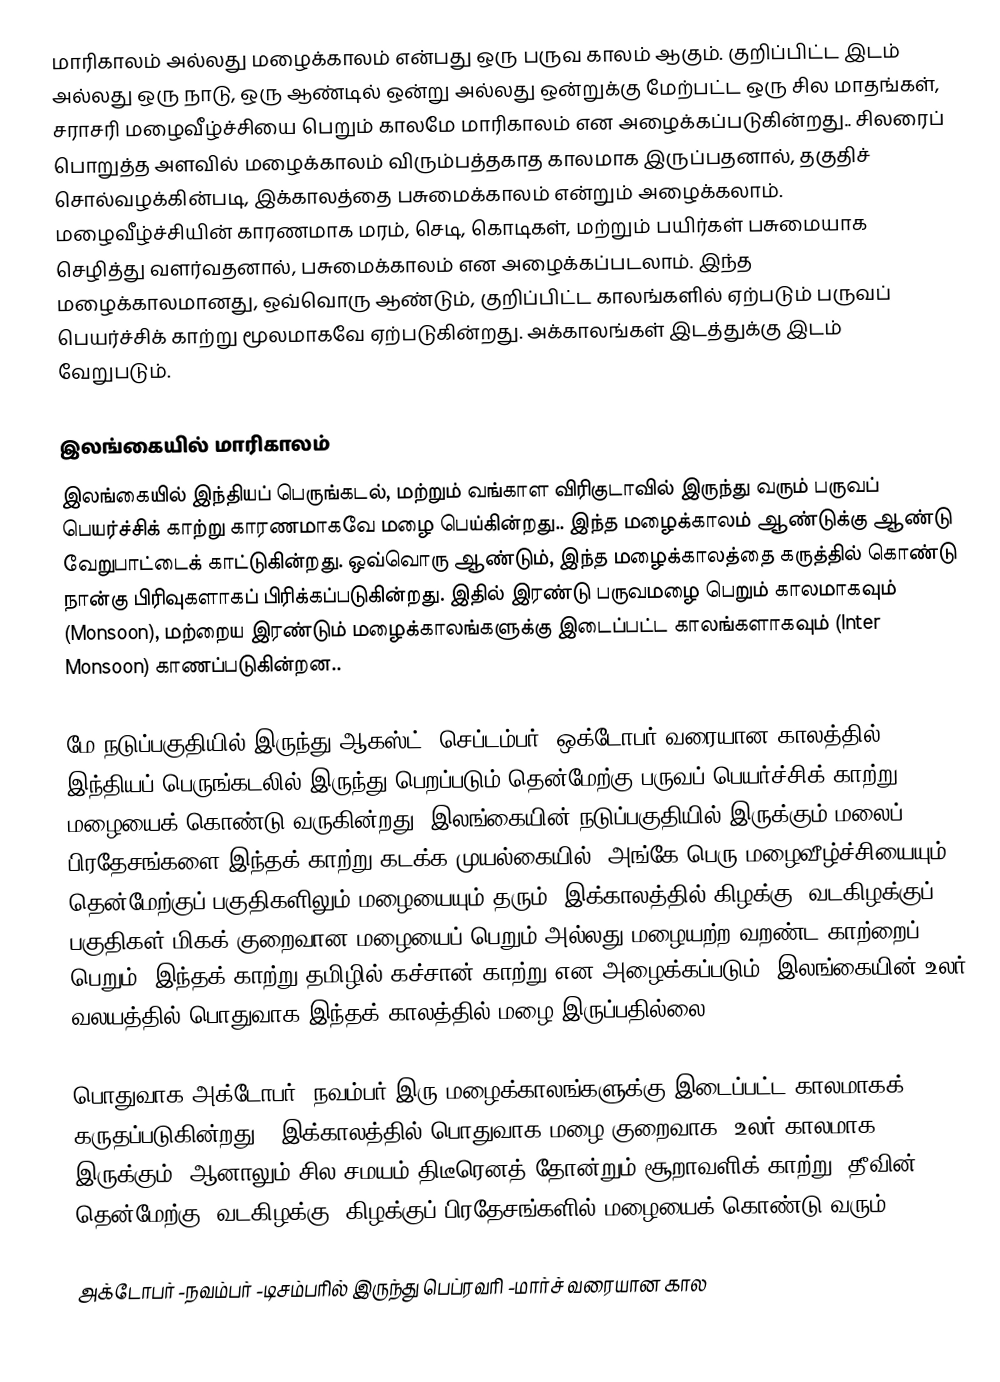
மாரிகாலம் அல்லது மழைக்காலம் என்பது ஒரு பருவ காலம் ஆகும். குறிப்பிட்ட இடம் அல்லது ஒரு நாடு, ஒரு ஆண்டில் ஒன்று அல்லது ஒன்றுக்கு மேற்பட்ட ஒரு சில மாதங்கள், சராசரி மழைவீழ்ச்சியை பெறும் காலமே மாரிகாலம் என அழைக்கப்படுகின்றது.. சிலரைப் பொறுத்த அளவில் மழைக்காலம் விரும்பத்தகாத காலமாக இருப்பதனால், தகுதிச் சொல்வழக்கின்படி, இக்காலத்தை பசுமைக்காலம் என்றும் அழைக்கலாம். மழைவீழ்ச்சியின் காரணமாக மரம், செடி, கொடிகள், மற்றும் பயிர்கள் பசுமையாக செழித்து வளர்வதனால், பசுமைக்காலம் என அழைக்கப்படலாம். இந்த மழைக்காலமானது, ஒவ்வொரு ஆண்டும், குறிப்பிட்ட காலங்களில் ஏற்படும் பருவப் பெயர்ச்சிக் காற்று மூலமாகவே ஏற்படுகின்றது. அக்காலங்கள் இடத்துக்கு இடம் வேறுபடும்.

இலங்கையில் மாரிகாலம்
இலங்கையில் இந்தியப் பெருங்கடல், மற்றும் வங்காள விரிகுடாவில் இருந்து வரும் பருவப் பெயர்ச்சிக் காற்று காரணமாகவே மழை பெய்கின்றது.. இந்த மழைக்காலம் ஆண்டுக்கு ஆண்டு வேறுபாட்டைக் காட்டுகின்றது. ஒவ்வொரு ஆண்டும், இந்த மழைக்காலத்தை கருத்தில் கொண்டு நான்கு பிரிவுகளாகப் பிரிக்கப்படுகின்றது. இதில் இரண்டு பருவமழை பெறும் காலமாகவும் (Monsoon), மற்றைய இரண்டும் மழைக்காலங்களுக்கு இடைப்பட்ட காலங்களாகவும் (Inter Monsoon) காணப்படுகின்றன..

மே நடுப்பகுதியில் இருந்து ஆகஸ்ட் -செப்டம்பர் -ஒக்டோபர் வரையான காலத்தில், இந்தியப் பெருங்கடலில் இருந்து பெறப்படும் தென்மேற்கு பருவப் பெயர்ச்சிக் காற்று மழையைக் கொண்டு வருகின்றது. இலங்கையின் நடுப்பகுதியில் இருக்கும் மலைப் பிரதேசங்களை இந்தக் காற்று கடக்க முயல்கையில், அங்கே பெரு மழைவீழ்ச்சியையும், தென்மேற்குப் பகுதிகளிலும் மழையையும் தரும். இக்காலத்தில் கிழக்கு, வடகிழக்குப் பகுதிகள் மிகக் குறைவான மழையைப் பெறும் அல்லது மழையற்ற வறண்ட காற்றைப் பெறும். இந்தக் காற்று தமிழில் கச்சான் காற்று என அழைக்கப்படும். இலங்கையின் உலர் வலயத்தில் பொதுவாக இந்தக் காலத்தில் மழை இருப்பதில்லை.

பொதுவாக அக்டோபர், நவம்பர் இரு மழைக்காலங்களுக்கு இடைப்பட்ட காலமாகக் கருதப்படுகின்றது.. இக்காலத்தில் பொதுவாக மழை குறைவாக, உலர் காலமாக இருக்கும். ஆனாலும் சில சமயம் திடீரெனத் தோன்றும் சூறாவளிக் காற்று, தீவின் தென்மேற்கு, வடகிழக்கு, கிழக்குப் பிரதேசங்களில் மழையைக் கொண்டு வரும்.

அக்டோபர் -நவம்பர் -டிசம்பரில் இருந்து பெப்ரவரி -மார்ச் வரையான கால